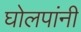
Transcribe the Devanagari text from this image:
घोलपांनी